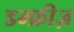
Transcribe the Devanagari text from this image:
डम्फ्रीज़